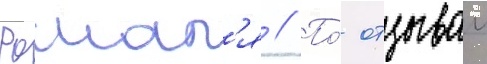
Рошал'я // По́ отзывам